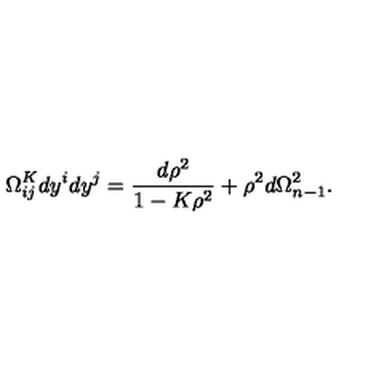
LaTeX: \Omega _ { i j } ^ { K } d y ^ { i } d y ^ { j } = \frac { d \rho ^ { 2 } } { 1 - K \rho ^ { 2 } } + \rho ^ { 2 } d \Omega _ { n - 1 } ^ { 2 } .